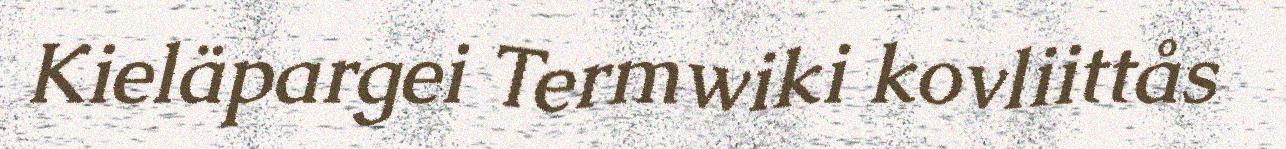
Kieläpargei Termwiki kovliittås